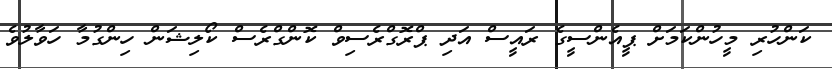
ކަންހުރި މީހުންކަމަށް ޕީއެންސީގެ ރައީސް އަދި ޕްރޮގްރެސިވް ކޮންގްރެސް ކޯލިޝަން ހިންގުމާ ހަވާލުވެ